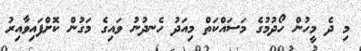
މި ދެ މީހުން ހޯދުމުގެ މަސައްކަތް މިއަދު ހެނދުނު ވައިގެ މަގުން ކޮށްފައިވާއިރު